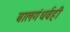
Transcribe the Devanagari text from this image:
बालगंधर्वही